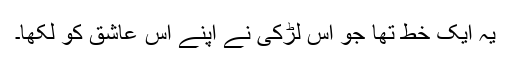
یہ ایک خط تھا جو اس لڑکی نے اپنے اس عاشق کو لکھا۔